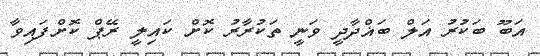
އަބޫ ބަކުރު އަލް ބަޣްދާދީ ވަނީ ތަކުރާރު ކޮށް ކައިލީ ރޭޕް ކޮށްފައިވާ